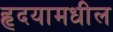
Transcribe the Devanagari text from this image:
हृदयामधील